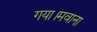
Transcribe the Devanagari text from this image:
गया।मवाना